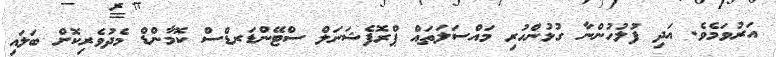
އަރުވަމެވެ. އަދި ފުލުހުންނާ ގުޅުންހުރި މައްސަލަތައް ޕްރޮފެޝަނަލް ސްޓޭންޑަރޑްސް ކޮމާންޑް މެދުވެރިކޮށް ބަލައި